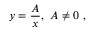
y = { \frac { A } { x } } , \ A \neq 0 \ ,